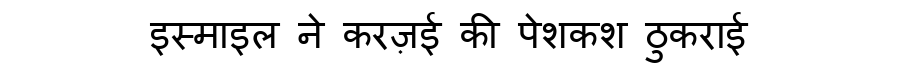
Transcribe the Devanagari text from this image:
इस्माइल ने करज़ई की पेशकश ठुकराई